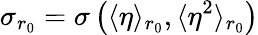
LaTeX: \sigma_{r_{0}}=\sigma\left(\langle\eta\rangle_{r_{0}},\langle\eta^{2}\rangle_{r_{0}}\right)